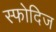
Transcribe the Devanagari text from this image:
स्फोदिज